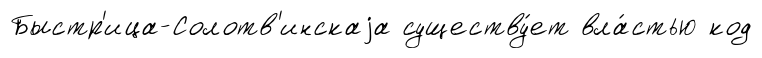
Быстр'ица-Солотв'инскаjа существу́ет вла́стью код